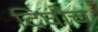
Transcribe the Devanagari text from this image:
दिघौच